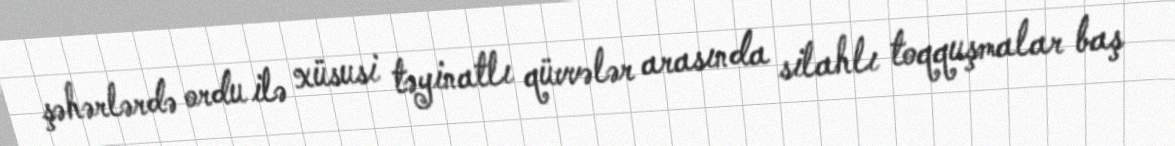
şəhərlərdə ordu ilə xüsusi təyinatlı qüvvələr arasında silahlı toqquşmalar baş